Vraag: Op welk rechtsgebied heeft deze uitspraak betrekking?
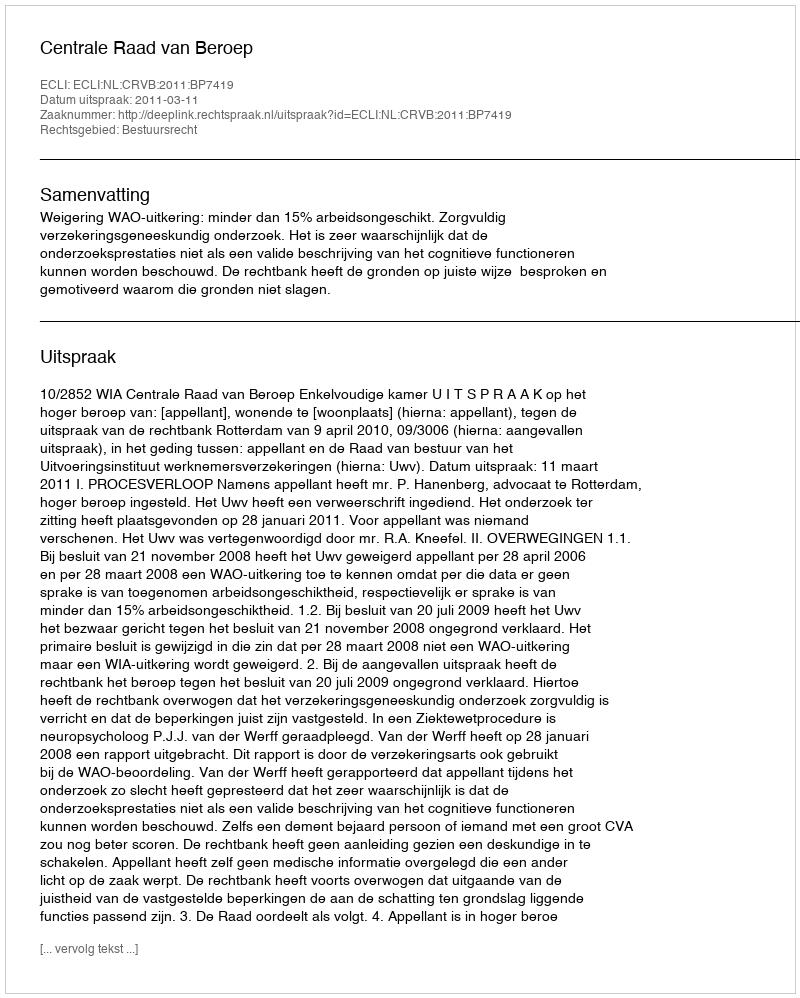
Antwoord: Bestuursrecht